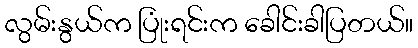
လွမ်းနွယ်က ပြုံးရင်းက ခေါင်းခါပြတယ်။